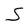
Character: S